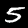
Label: 5